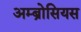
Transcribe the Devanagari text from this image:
अम्ब्रोसियस